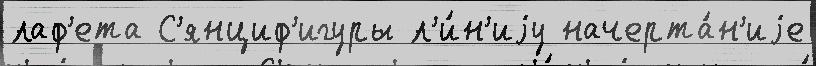
лаф'ета С'янциф'игуры л'и́н'иjу начерта́н'иjе